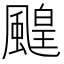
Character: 䬖